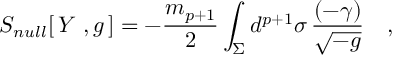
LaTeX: S _ { n u l l } [ \, Y \ , g \, ] = - { \frac { m _ { p + 1 } } { 2 } } \int _ { \Sigma } d ^ { p + 1 } \sigma \, { \frac { ( - \gamma ) } { \sqrt { - g } } } \quad ,